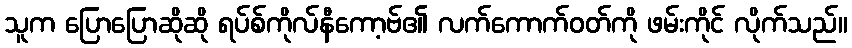
သူက ပြောပြောဆိုဆို ရပ်စ်ကိုလ်နီကော့ဗ်၏ လက်ကောက်ဝတ်ကို ဖမ်းကိုင် လိုက်သည်။